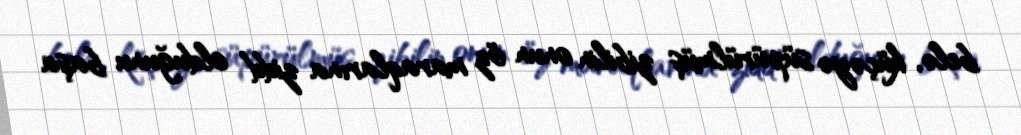
belə, küçəyə süpürülmüş zibilin onun öz maraqlarına zidd olduğunu başa